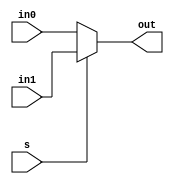
/**************************************************************************************************
PURPOSE: Given two one bit inputs choose between the two with a select input.
**************************************************************************************************/
module Bit1_Mux2_1 (in0, in1, s, out);
input in0;
input in1;
input s;

output out;

assign out = s ? in1 : in0;

endmodule